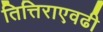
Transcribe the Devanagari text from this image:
तित्तिराएवढी